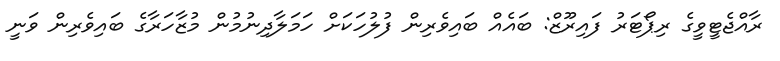
ރާއްޖެޓީވީގެ ރިޕޯޓަރު ފައިރޫޒް: ބައެއް ބައިވެރިން ފުލުހަކަށް ހަމަލާދިނުމުން މުޒާހަރާގެ ބައިވެރިން ވަނީ